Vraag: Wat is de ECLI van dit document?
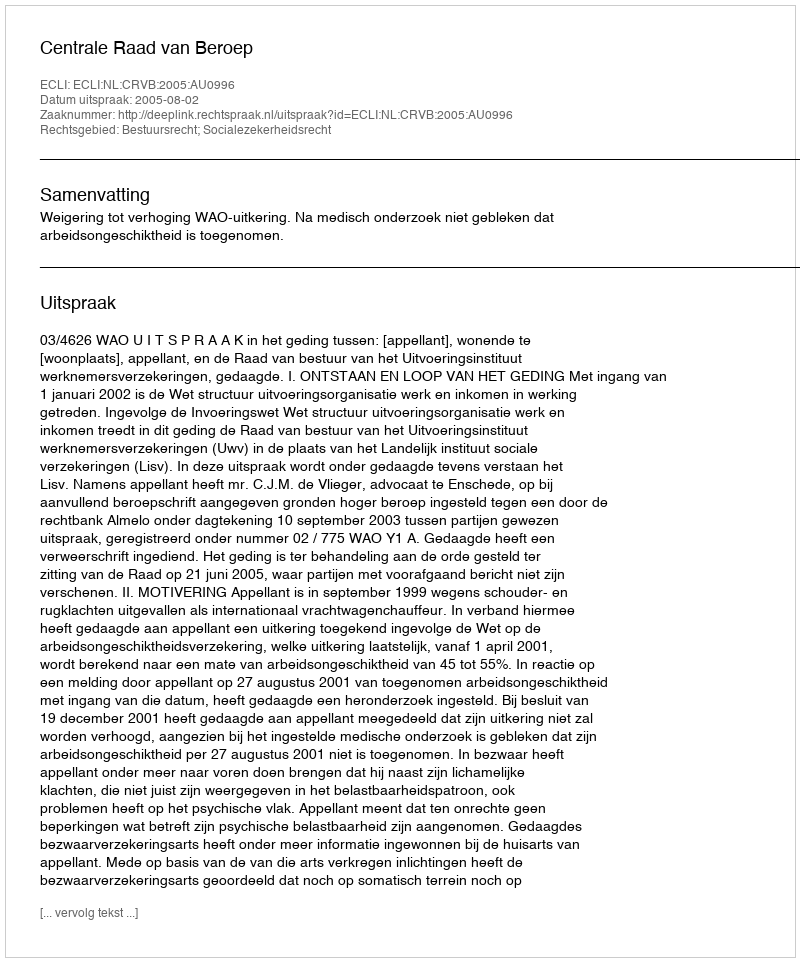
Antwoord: ECLI:NL:CRVB:2005:AU0996